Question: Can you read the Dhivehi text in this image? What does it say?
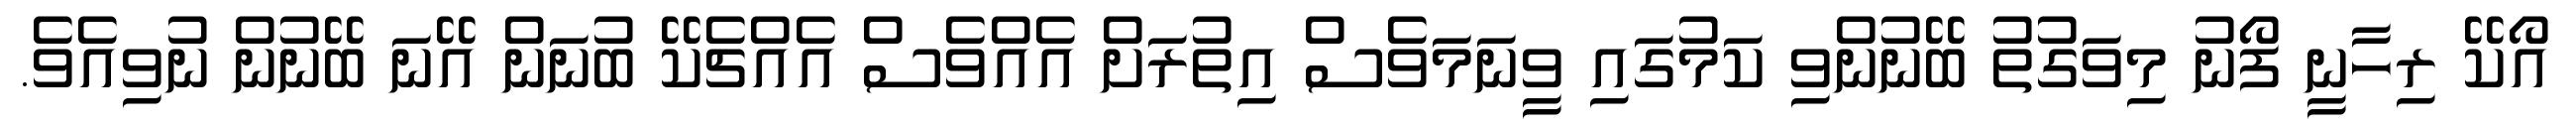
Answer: އޯކޭ ރިހާނީ ފޯނު މިވަގުތު ބޭނުންވި ކަމުގައި ވީނަމަވެސް އިތުރަށް އެއްވެސް އެއްޗެކޭ ބުނަން އޭނަ ބޭނުން ނުވިއެވެ.